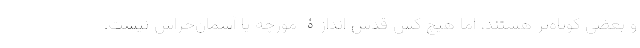
و بعضی کوتاه‌تر هستند، اما هیچ کس قدش اندازۀ مورچه یا آسمان‌خراش نیست.